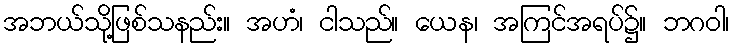
အဘယ်သို့ဖြစ်သနည်း။ အဟံ၊ ငါသည်။ ယေန၊ အကြင်အရပ်၌။ ဘဂဝါ၊